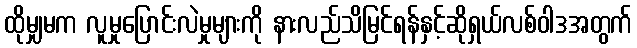
ထိုမျှမက လူမှုပြောင်းလဲမှုများကို နားလည်သိမြင်ရန်နှင့်ဆိုရှယ်လစ်ဝါဒအတွက်